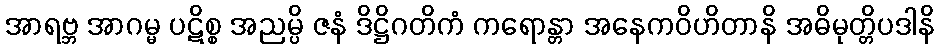
အာရဗ္ဘ အာဂမ္မ ပဋိစ္စ အညမ္ပိ ဇနံ ဒိဋ္ဌိဂတိကံ ကရောန္တာ အနေကဝိဟိတာနိ အဓိမုတ္တိပဒါနိ